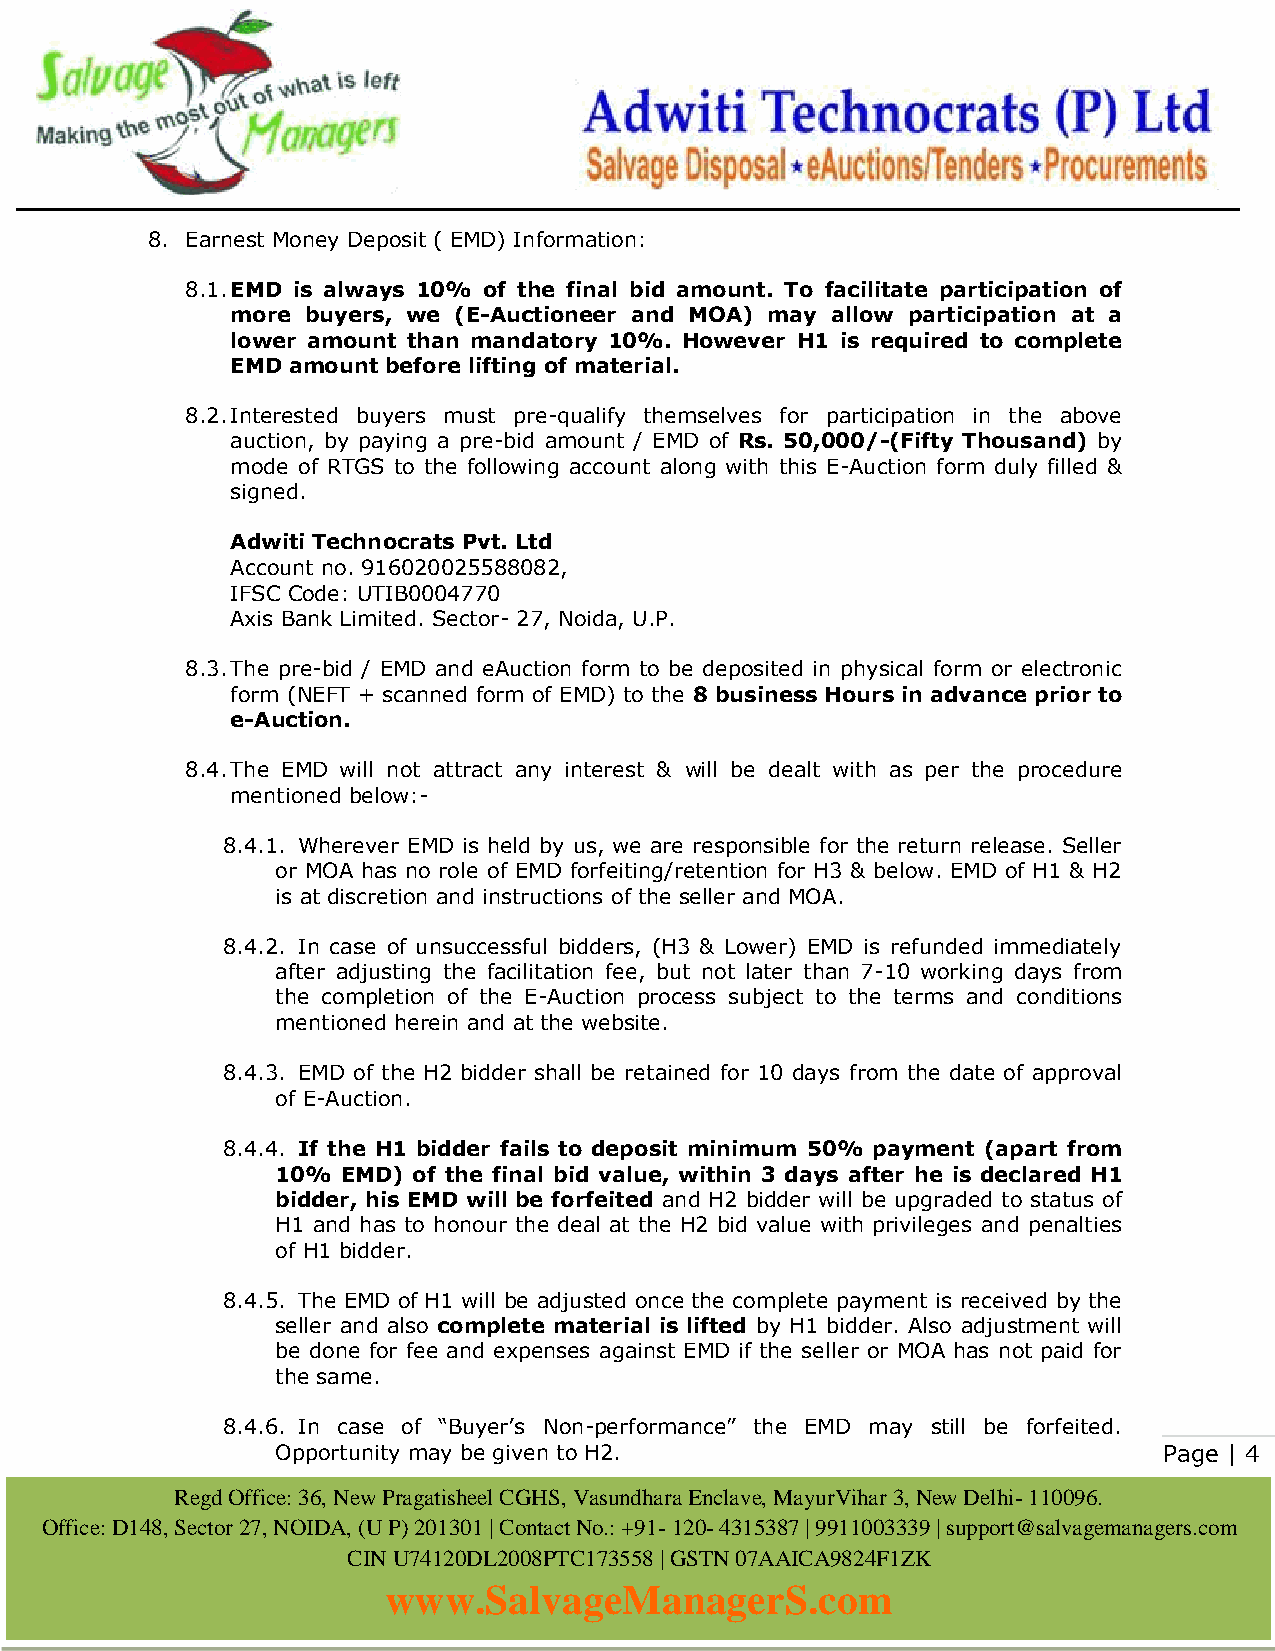
8. Earnest Money Deposit ( EMD) Information:
 8.1. EMD is always 10% of the final bid amount. To facilitate participation of
 more buyers, we (E-Auctioneer and MOA) may allow participation at a
 lower amount than mandatory 10%. However H1 is required to complete
 EMD amount before lifting of material.
 8.2. Interested buyers must pre-qualify themselves for participation in the above
 auction, by paying a pre-bid amount / EMD of Rs. 50,000/-(Fifty Thousand) by
 mode of RTGS to the following account along with this E-Auction form duly filled &
 signed.
 Adwiti Technocrats Pvt. Ltd
 Account no. 916020025588082,
 IFSC Code: UTIB0004770
 Axis Bank Limited. Sector- 27, Noida, U.P.
 8.3. The pre-bid / EMD and eAuction form to be deposited in physical form or electronic
 form (NEFT + scanned form of EMD) to the 8 business Hours in advance prior to
 e-Auction.
 8.4. The EMD will not attract any interest & will be dealt with as per the procedure
 mentioned below:-
 8.4.1. Wherever EMD is held by us, we are responsible for the return release. Seller
 or MOA has no role of EMD forfeiting/retention for H3 & below. EMD of H1 & H2
 is at discretion and instructions of the seller and MOA.
 8.4.2. In case of unsuccessful bidders, (H3 & Lower) EMD is refunded immediately
 after adjusting the facilitation fee, but not later than 7-10 working days from
 the completion of the E-Auction process subject to the terms and conditions
 mentioned herein and at the website.
 8.4.3. EMD of the H2 bidder shall be retained for 10 days from the date of approval
 of E-Auction.
 8.4.4. If the H1 bidder fails to deposit minimum 50% payment (apart from
 10%  EMD) of the final bid value, within 3 days after he is declared H1
 bidder, his EMD will be forfeited and H2 bidder will be upgraded to status of
 H1 and has to honour the deal at the H2 bid value with privileges and penalties
 of H1 bidder.
 8.4.5. The EMD of H1 will be adjusted once the complete payment is received by the
 seller and also complete material is lifted by H1 bidder. Also adjustment will
 be done for fee and expenses against EMD if the seller or MOA has not paid for
 the same.
 8.4.6. In case of “Buyer’s Non-performance” the EMD may still be forfeited.
 Opportunity may be given to H2.                            Page | 4
 Regd Office: 36, New Pragatisheel CGHS, Vasundhara Enclave, MayurVihar 3, New Delhi- 110096.
 Office: D148, Sector 27, NOIDA, (U P) 201301 | Contact No.: +91- 120- 4315387 | 9911003339 | support@salvagemanagers.com
 CIN U74120DL2008PTC173558 | GSTN 07AAICA9824F1ZK
 www.SalvageManagerS.com